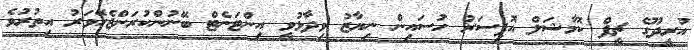
އުރީދޫގެ ޗީފް ކޮމާޝަލް އޮފިސަރު ހުސައިން ނިޔާޒު ވިދާޅުވީ އިންޓަނެޓް ބޭނުންކުރަންޖެހޭވަރު އިތުރުވެ